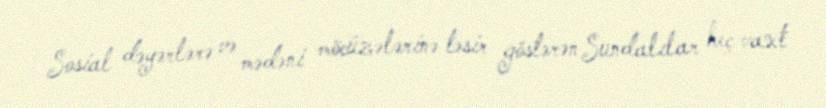
Sosial dəyərlərə və mədəni möcüzələrinə təsir göstərən Sundalılar heç vaxt